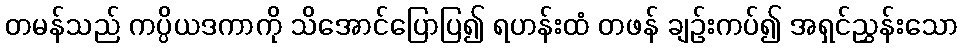
တမန်သည် ကပ္ပိယဒကာကို သိအောင်ပြောပြ၍ ရဟန်းထံ တဖန် ချဉ်းကပ်၍ အရှင်ညွှန်းသော